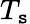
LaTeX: T_{\mathtt{s}}